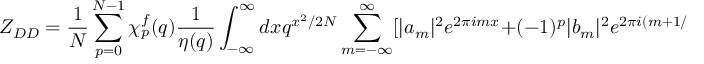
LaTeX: Z _ { D D } = { \frac { 1 } { N } } \sum _ { p = 0 } ^ { N - 1 } \chi _ { p } ^ { f } ( q ) { \frac { 1 } { \eta ( q ) } } \int _ { - \infty } ^ { \infty } d x q ^ { x ^ { 2 } / 2 N } \sum _ { m = - \infty } ^ { \infty } [ | a _ { m } | ^ { 2 } e ^ { 2 \pi i m x } + ( - 1 ) ^ { p } | b _ { m } | ^ { 2 } e ^ { 2 \pi i ( m + 1 / 2 ) x } ]